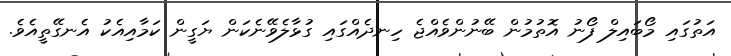
އަތުގައި މޯބައިލް ފޯނު އޮތުމުން ބޭނުންވެއްޖެ ހިނދެއްގައި ގުޅާލެވޭނެކަން ޔަގީން ކަމާއިއެކު އެނގޭތީއެވެ.